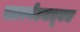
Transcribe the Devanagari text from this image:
स्टारगेटमधूनच